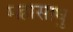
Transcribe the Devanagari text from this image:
महासाधु